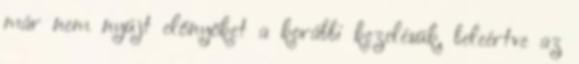
már nem nyújt előnyöket a korábbi kezelésük, beleértve az